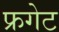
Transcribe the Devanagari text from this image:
फ्रगेट